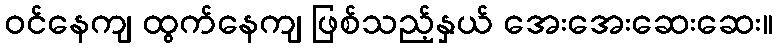
ဝင်နေကျ ထွက်နေကျ ဖြစ်သည့်နှယ် အေးအေးဆေးဆေး။